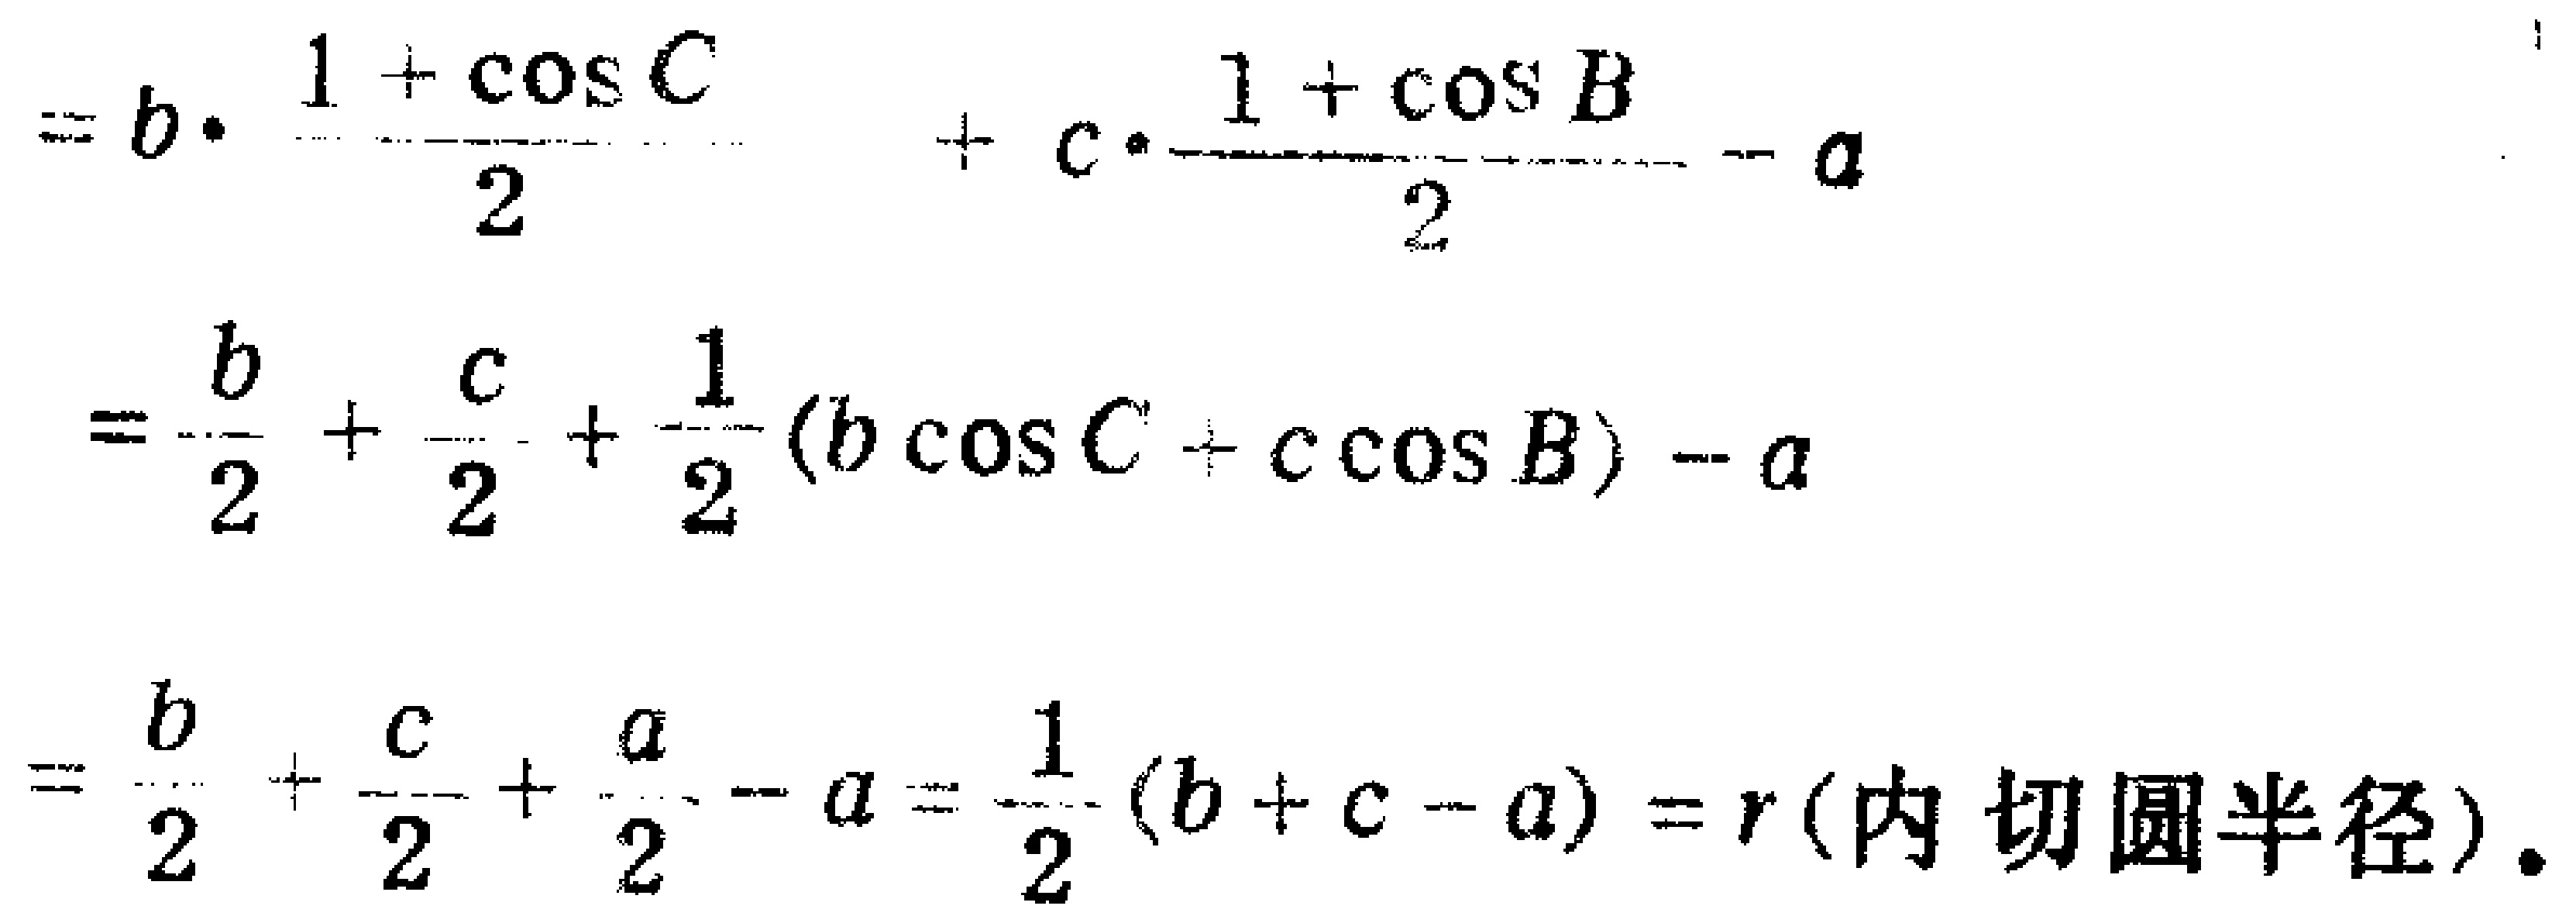
\[

\begin{align*}

&=b\cdot\frac{1 + \cos C}{2}+c\cdot\frac{1 + \cos B}{2}-a\\

&=\frac{b}{2}+\frac{c}{2}+\frac{1}{2}(b\cos C + c\cos B)-a\\

&=\frac{b}{2}+\frac{c}{2}+\frac{a}{2}-a=\frac{1}{2}(b + c - a)=r(\text{内切圆半径})

\end{align*}

\]